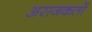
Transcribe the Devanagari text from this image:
अराजकतों